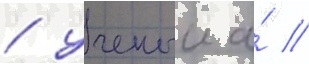
/ ученыи а́ //